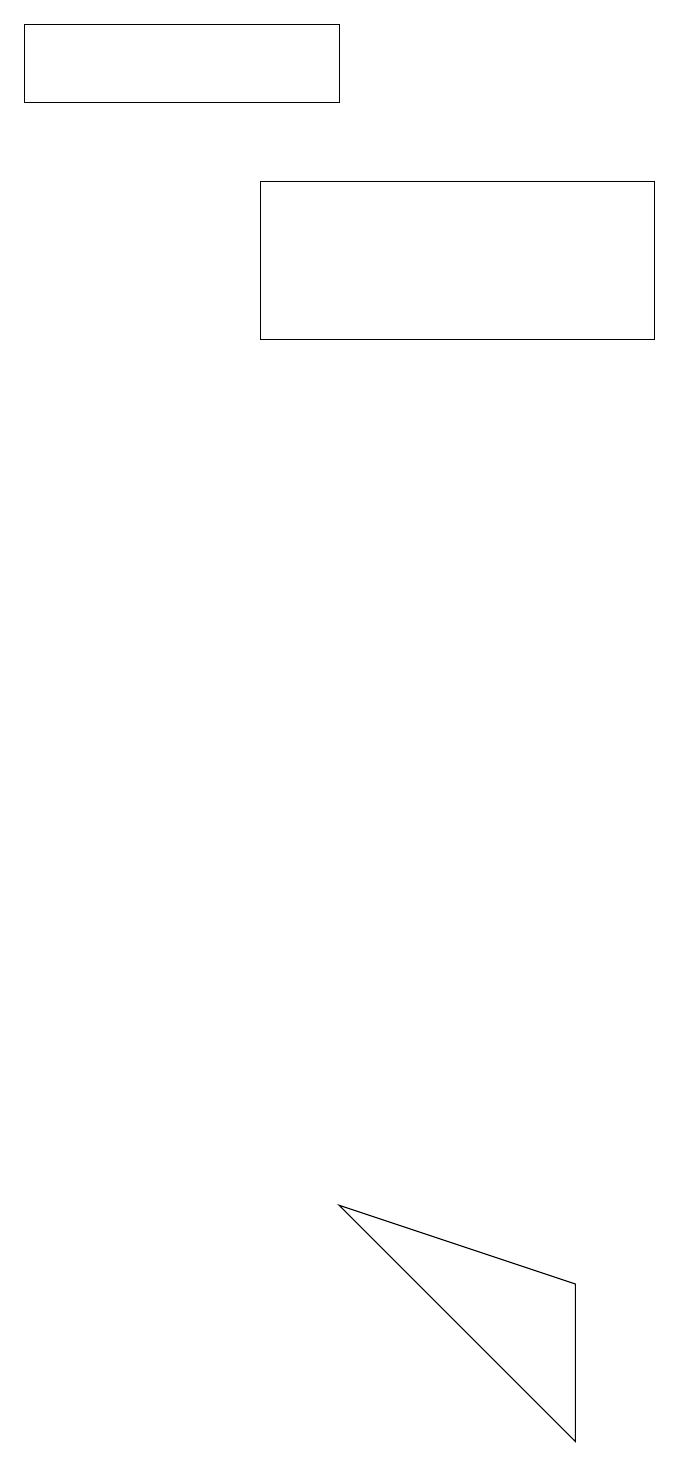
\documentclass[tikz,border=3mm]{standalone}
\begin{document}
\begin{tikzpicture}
\draw (8,2) -- (8,0) -- (5,3) -- cycle;
\draw (5,17) rectangle (1,18);
\draw (4,14) rectangle (9,16);
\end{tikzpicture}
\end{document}